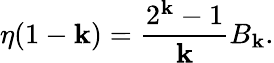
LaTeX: \eta(1-\mathbf{k})={\frac{{2^{\mathbf{k}}-1}}{{\mathbf{k}}}}B_{\mathbf{k}}.